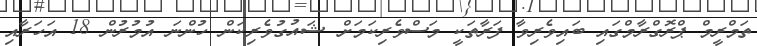
ތަމްރީމް ޕްރޮގްރާމްގައި ބައިވެރިވާ ފަރާތަކީ މަސްވެރިކަމަށް ޝައުގުވެރިކަން ހުންނަ އުމުރުން 18 އަހަރާއި